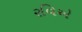
રવિએ